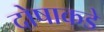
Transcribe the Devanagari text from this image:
दोषाकडे